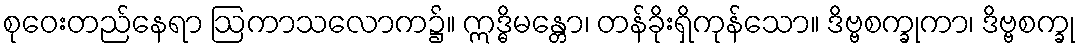
စုဝေးတည်နေရာ ဩကာသလောက၌။ ဣဒ္ဓိမန္တော၊ တန်ခိုးရှိကုန်သော။ ဒိဗ္ဗစက္ခုကာ၊ ဒိဗ္ဗစက္ခု